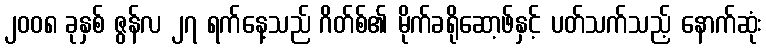
၂၀၀၈ ခုနှစ် ဇွန်လ ၂၇ ရက်နေ့သည် ဂိတ်စ်၏ မိုက်ခရိုဆော့ဖ်နှင့် ပတ်သက်သည့် နောက်ဆုံး